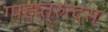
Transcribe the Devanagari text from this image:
ग्फ्ह्य्त्रुत्द्स